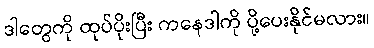
ဒါတွေကို ထုပ်ပိုးပြီး ကနေဒါကို ပို့ပေးနိုင်မလား။